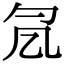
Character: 𠘷